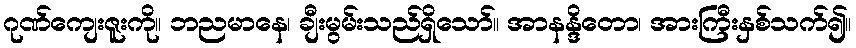
ဂုဏ်ကျေးဇူးကို။ ဘညမာနေ၊ ချီးမွမ်းသည်ရှိသော်။ အာနန္ဒိတော၊ အားကြီးနှစ်သက်၍။